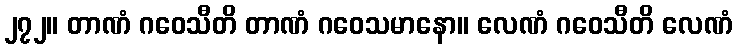
၂၇၂။ တာဏံ ဂဝေသီတိ တာဏံ ဂဝေသမာနော။ လေဏံ ဂဝေသီတိ လေဏံ